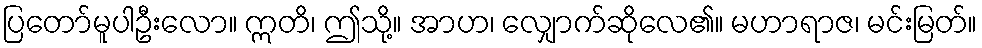
ပြတော်မူပါဦးလော။ ဣတိ၊ ဤသို့။ အာဟ၊ လျှောက်ဆိုလေ၏။ မဟာရာဇ၊ မင်းမြတ်။